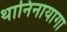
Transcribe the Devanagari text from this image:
थानिनायागा